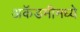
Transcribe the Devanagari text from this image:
अकॅडमीमध्ये